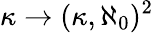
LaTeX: \kappa\rightarrow(\kappa,\aleph_{0})^{2}